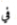
في